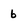
Character: b